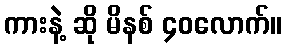
ကားနဲ့ ဆို မိနစ် ၄၀လောက်။